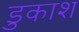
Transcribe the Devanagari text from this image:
डुकाश